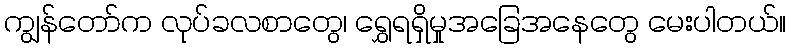
ကျွန်တော်က လုပ်ခလစာတွေ၊ ရွှေရရှိမှုအခြေအနေတွေ မေးပါတယ်။